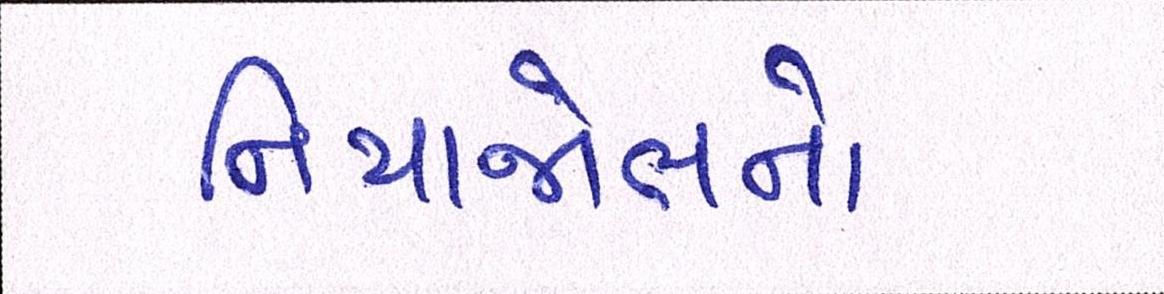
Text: નિયાજોભનો